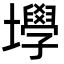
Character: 㙾